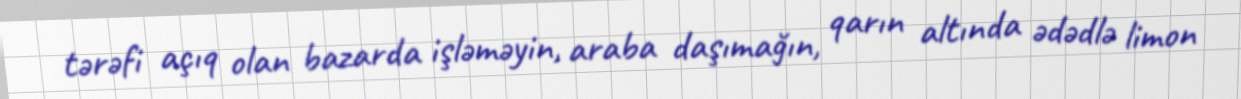
tərəfi açıq olan bazarda işləməyin, araba daşımağın, qarın altında ədədlə limon